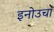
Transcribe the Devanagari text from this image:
इनोउचा